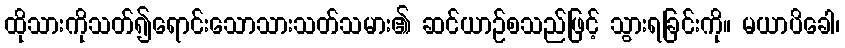
ထိုသားကိုသတ်၍ရောင်းသောသားသတ်သမား၏ ဆင်ယာဉ်စသည်ဖြင့် သွားရခြင်းကို။ မယာပိခေါ၊